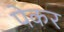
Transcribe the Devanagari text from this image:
पेकर